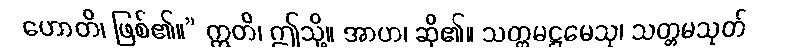
ဟောတိ၊ ဖြစ်၏။” ဣတိ၊ ဤသို့။ အာဟ၊ ဆို၏။ သတ္တမဋ္ဌမေသု၊ သတ္တမသုတ်